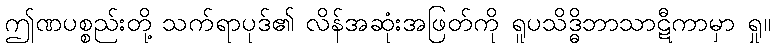
ဤဏပစ္စည်းတို့ သက်ရာပုဒ်၏ လိန်အဆုံးအဖြတ်ကို ရူပသိဒ္ဓိဘာသာဋီကာမှာ ရှု။